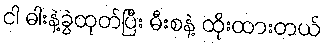
ငါ ဓါးနဲ့ခွဲထုတ်ပြီး မီးစနဲ့ ထိုးထားတယ်